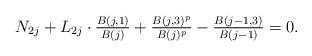
LaTeX: \begin{align*}N_{2j}+L_{2j}\cdot \tfrac{B(j,1)}{B(j)} + \tfrac{B(j,3)^p}{B(j)^p}-\tfrac{B(j-1,3)}{B(j-1)}= 0.\end{align*}